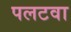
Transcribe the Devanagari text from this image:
पलटवा